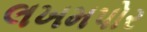
લખમપોર